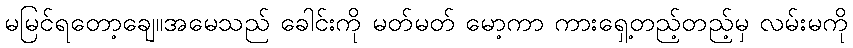
မမြင်ရတော့ချေ။အမေသည် ခေါင်းကို မတ်မတ် မော့ကာ ကားရှေ့တည့်တည့်မှ လမ်းမကို